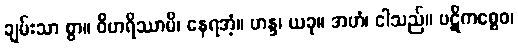
ချမ်းသာ စွာ။ ဝိဟရိဿာမိ၊ နေရအံ့။ ဟန္ဒ၊ ယခု။ အဟံ၊ ငါသည်။ ပဋိကစ္စေဝ၊